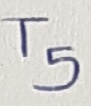
Text: T5